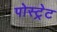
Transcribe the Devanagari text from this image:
पोस्ट्रेट